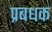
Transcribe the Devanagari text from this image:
प्रबधक